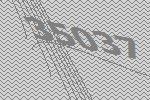
35037